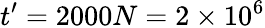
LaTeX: t^{\prime}=2000N=2\times 10^{6}